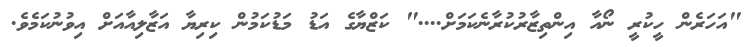
"އަހަރެން ހީކުރީ ނޯއާ އިންތިޒާރުކުރާނެކަމަށް...." ކަޒްޔާގެ އަޑު މަޑުކަމުން ކިރިޔާ އަޒާލިއާއަށް އިވުނުކަމެވެ.